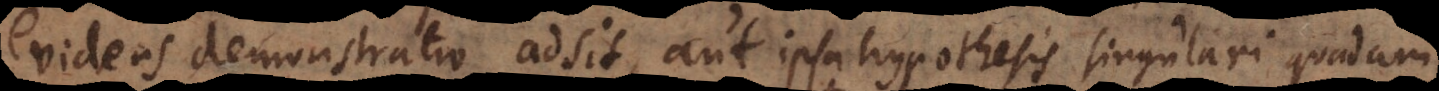
evidens demonstratio adsit, aut ipsa hypothesis singulari quadam